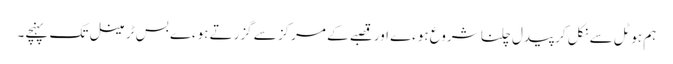
ہم ہوٹل سے نکل کر پیدل چلنا شروع ہوءے اور قصبے کے مرکز سے گزرتے ہوءے بس ٹرمینل تک پہنچے۔